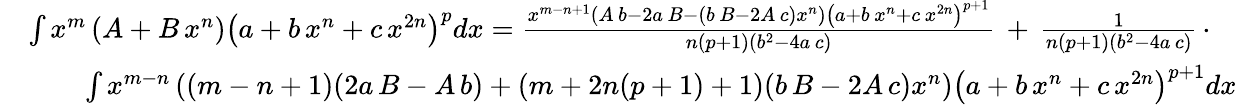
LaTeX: {\begin{array}{rl}&{\int x^{m}\left(A+B\, x^{n}\right)\left(a+b\, x^{n}+c\, x^{2n}\right)^{p}dx={\frac{x^{m-n+1}\left(A\, b-2a\, B-(b\, B-2A\, c)x^{n}\right)\left(a+b\, x^{n}+c\, x^{2n}\right)^{p+1}}{n(p+1)\left(b^{2}-4a\, c\right)}}\, +\, {\frac{1}{n(p+1)\left(b^{2}-4a\, c\right)}}\, \cdot}\\ &{\qquad\int x^{m-n}\left((m-n+1)(2a\, B-A\, b)+(m+2n(p+1)+1)(b\, B-2A\, c)x^{n}\right)\left(a+b\, x^{n}+c\, x^{2n}\right)^{p+1}dx}\end{array}}